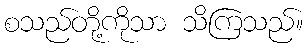
စသည်တို့ကိုသာ သိကြသည်။